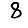
Digit: 8